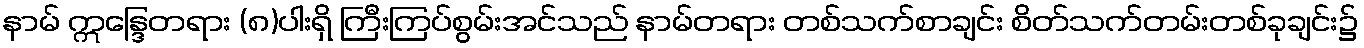
နာမ် ဣန္ဒြေတရား (၈)ပါးရှိ ကြီးကြပ်စွမ်းအင်သည် နာမ်တရား တစ်သက်စာချင်း စိတ်သက်တမ်းတစ်ခုချင်း၌